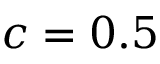
c = 0 . 5